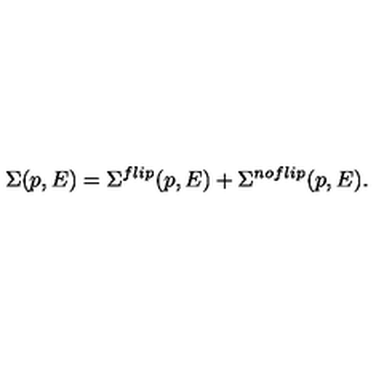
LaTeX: \Sigma ( p , E ) = \Sigma ^ { f l i p } ( p , E ) + \Sigma ^ { n o f l i p } ( p , E ) .